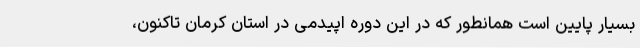
بسیار پایین است همانطور که در این دوره اپیدمی در استان کرمان تاکنون،